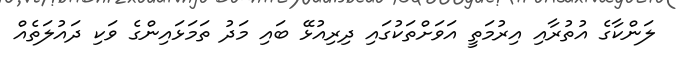
ލަންކާގެ އުތުރާއި އިރުމަތީ އަވަށްތަކުގައި ދިރިއުޅޭ ބައި މަދު ތަމަޅައިންގެ ވަކި ދައުލަތެެއް